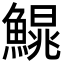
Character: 𩺣